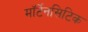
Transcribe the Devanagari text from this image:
मॉर्टेनसिटिक